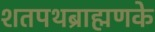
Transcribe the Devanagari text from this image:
शतपथब्राह्मणके